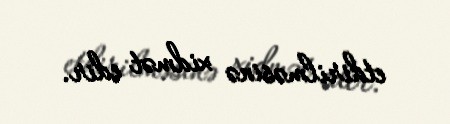
etdirilməsinə xidmət edir.